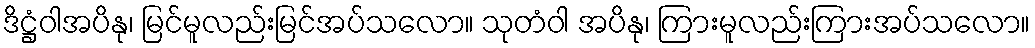
ဒိဋ္ဌံဝါအပိနု၊ မြင်မူလည်းမြင်အပ်သလော။ သုတံဝါ အပိနု၊ ကြားမူလည်းကြားအပ်သလော။